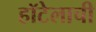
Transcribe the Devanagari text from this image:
हॉटेलाची